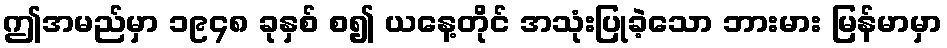
ဤအမည်မှာ ၁၉၄၈ ခုနှစ် စ၍ ယနေ့တိုင် အသုံးပြုခဲ့သော ဘားမား မြန်မာမှာ